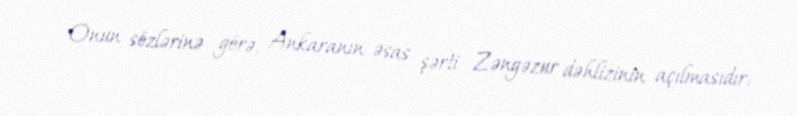
Onun sözlərinə görə, Ankaranın əsas şərti Zəngəzur dəhlizinin açılmasıdır: